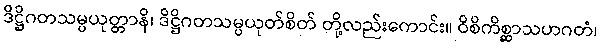
ဒိဋ္ဌိဂတသမ္ပယုတ္တာနိ၊ ဒိဋ္ဌိဂတသမ္ပယုတ်စိတ် တို့လည်းကောင်း။ ဝိစိကိစ္ဆာသဟဂတံ၊